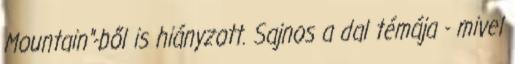
Mountain"-ből is hiányzott. Sajnos a dal témája - mivel